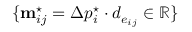
\{ \mathbf { m } _ { i j } ^ { \star } = \Delta p _ { i } ^ { \star } \cdot d _ { e _ { i j } } \in \mathbb { R } \}